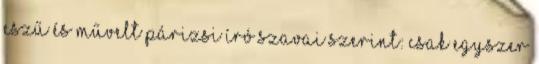
eszű és művelt párizsi író szavai szerint: Csak egyszer